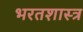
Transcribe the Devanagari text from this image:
भरतशास्त्र